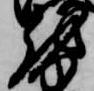
越